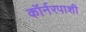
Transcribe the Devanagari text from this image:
कॉर्नरपाशी